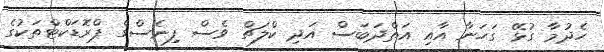
ހެދުމާ ގުޅޭ ގަހަނާ އާއި އަތްދަބަސް އަދި ކްލަޗް ވެސް ފިނެސްގެ ޕްރޮޑަކްޓްތަކުގެ